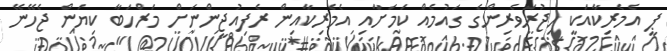
ޕީ އެމެރިކާއަކީ ހިޖުރަވެރިންގެ ގައުމެއް ކަމަށާއި އެމެރިކާއިން ރެފިއުޖީންނަށް މަރްހަބާ ކިޔަން ޖެހޭނޭ